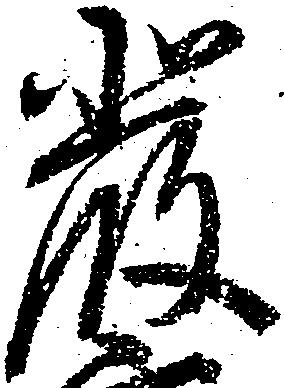
厳